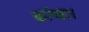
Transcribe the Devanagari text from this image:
ढांचा।